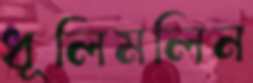
ধূলিমলিন